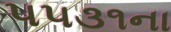
૫૫૩૧ના